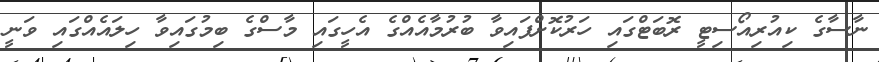
ނާސާގެ ކިއުރިއޯސިޓީ ރޮބަޓްގައި ހަރުކޮށްފައިވާ ބުރުމާއެއްގެ އެހީގައި މާސްގެ ބިމުގައިވާ ހިލައެއްގައި ވަނީ